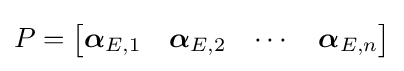
P={\begin{bmatrix}{\boldsymbol {\alpha }}_{E,1}&{\boldsymbol {\alpha }}_{E,2}&\cdots &{\boldsymbol {\alpha }}_{E,n}\end{bmatrix}}